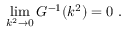
\operatorname * { l i m } _ { k ^ { 2 } \to 0 } G ^ { - 1 } ( k ^ { 2 } ) = 0 \; .